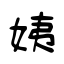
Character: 姨